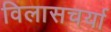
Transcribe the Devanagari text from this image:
विलासचर्या